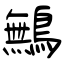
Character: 鷡